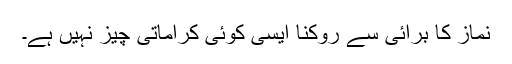
نماز کا برائی سے روکنا ایسی کوئی کراماتی چیز نہیں ہے۔